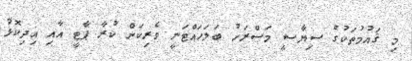
މި ޤައުމުތަކުގެ ސިޔާސީ މަސްރަހު ބަލަހައްޓަނީ ވެރިކަން ކުރާ ޕާޓީ އާއި އިދިކޮޅު